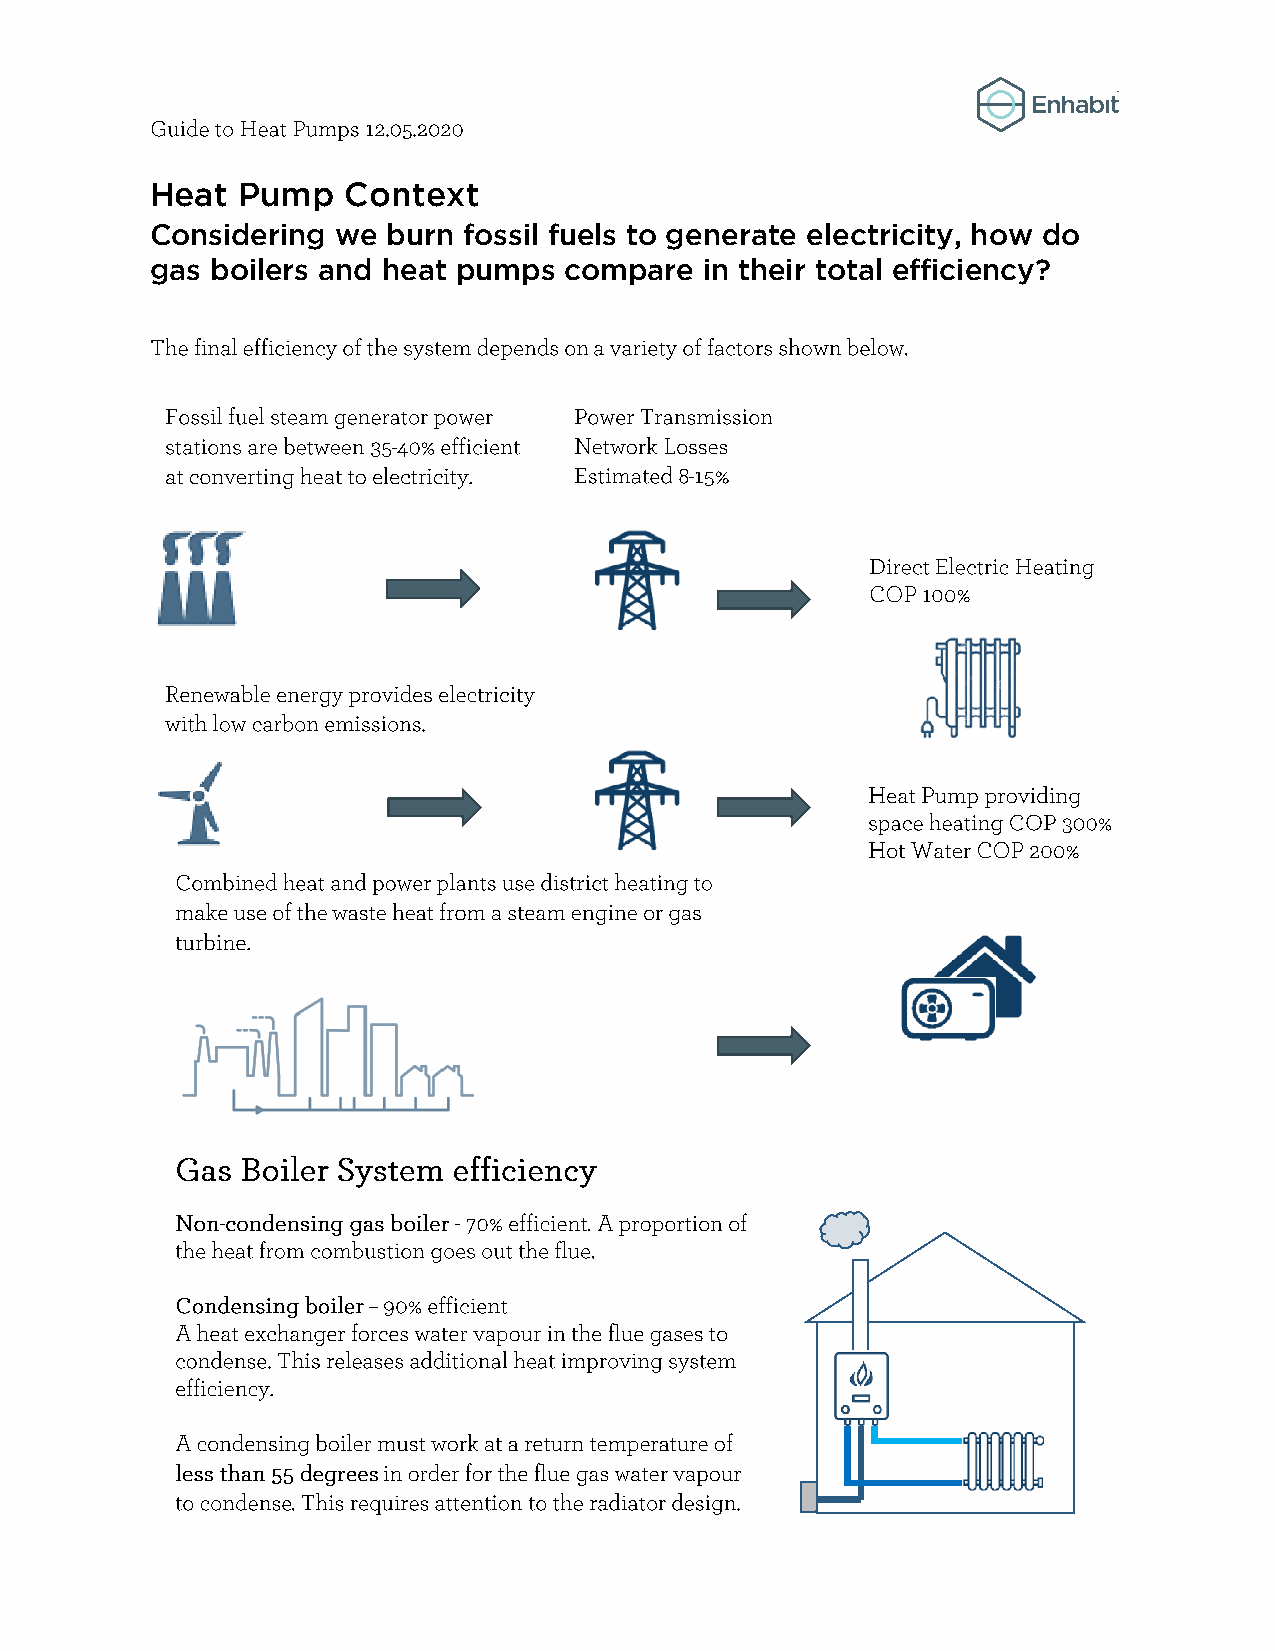
Heat  Pump   Context
 Considering we  burn fossil fuels to generate electricity, how do
 gas boilers and heat pumps compare   in their total efficiency?